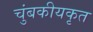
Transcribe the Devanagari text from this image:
चुंबकीयकृत